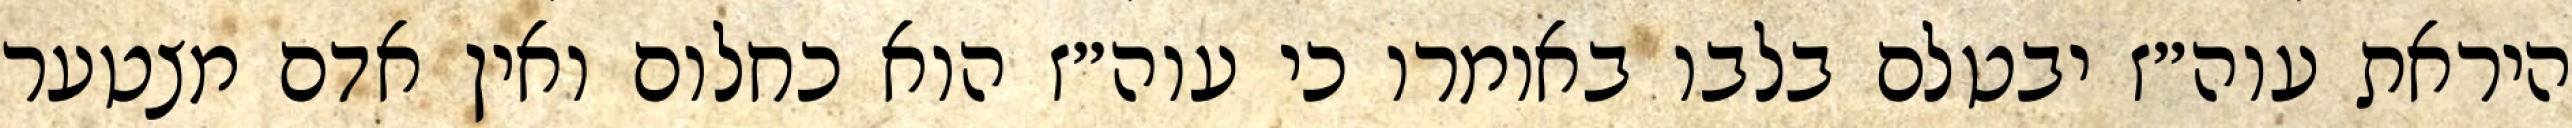
היראת עוה״ז יבטלם בלבו באומרו כי עוה״ז הוא כחלום ואין אדם מצטער